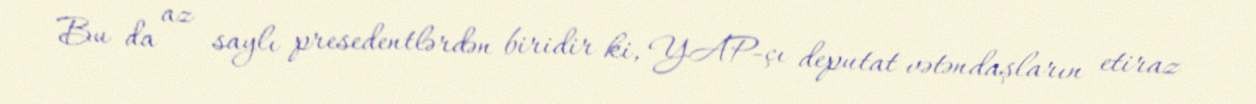
Bu da az saylı presedentlərdən biridir ki, YAP-çı deputat vətəndaşların etiraz